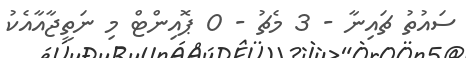
ސައުތު ޗައިނާ - 3 މެޗު - 0 ޕޮއިންޓް މި ނަތީޖާއާއެކު